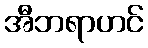
အီဘရာဟင်